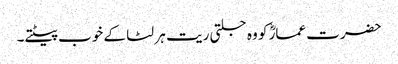
حضرت عمارؓ کو وہ جلتی ریت ہر لٹا کے خوب پیٹتے۔